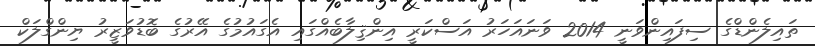
ތައިލެންޑްގެ ސިފައިންވަނީ 2014 ވަނައަހަރު އަސްކަރީ އިންޤިލާބެއްގައި އެގައުމުގެ އޭރުގެ ބޮޑުވަޒީރު ޔިންގްލަކް